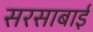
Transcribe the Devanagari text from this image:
सरसाबाई